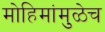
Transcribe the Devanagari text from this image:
मोहिमांमुळेच